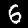
Label: 6